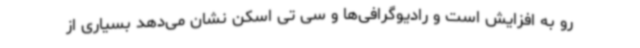
رو به افزایش است و رادیوگرافی‌ها و سی تی اسکن نشان می‌دهد بسیاری از